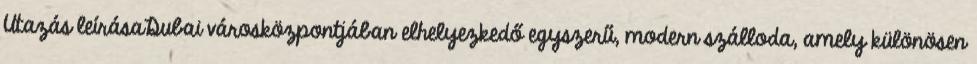
Utazás leírásaDubai városközpontjában elhelyezkedő egyszerű, modern szálloda, amely különösen